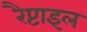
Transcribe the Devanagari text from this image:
रैप्टाइल